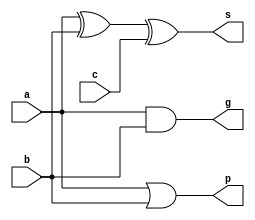
/************************************************
  The Verilog HDL code example is from the book
  Computer Principles and Design in Verilog HDL
  by Yamin Li, published by A JOHN WILEY & SONS
************************************************/
module add (a, b, c, g, p, s);                   // adder and g, p
    input  a, b, c;                              // inputs:  a, b, c;
    output g, p, s;                              // outputs: g, p, s; 
    assign s = a ^ b ^ c;                        // output: sum of inputs
    assign g = a & b;                            // output: carry generator
    assign p = a | b;                            // output: carry propagator
endmodule